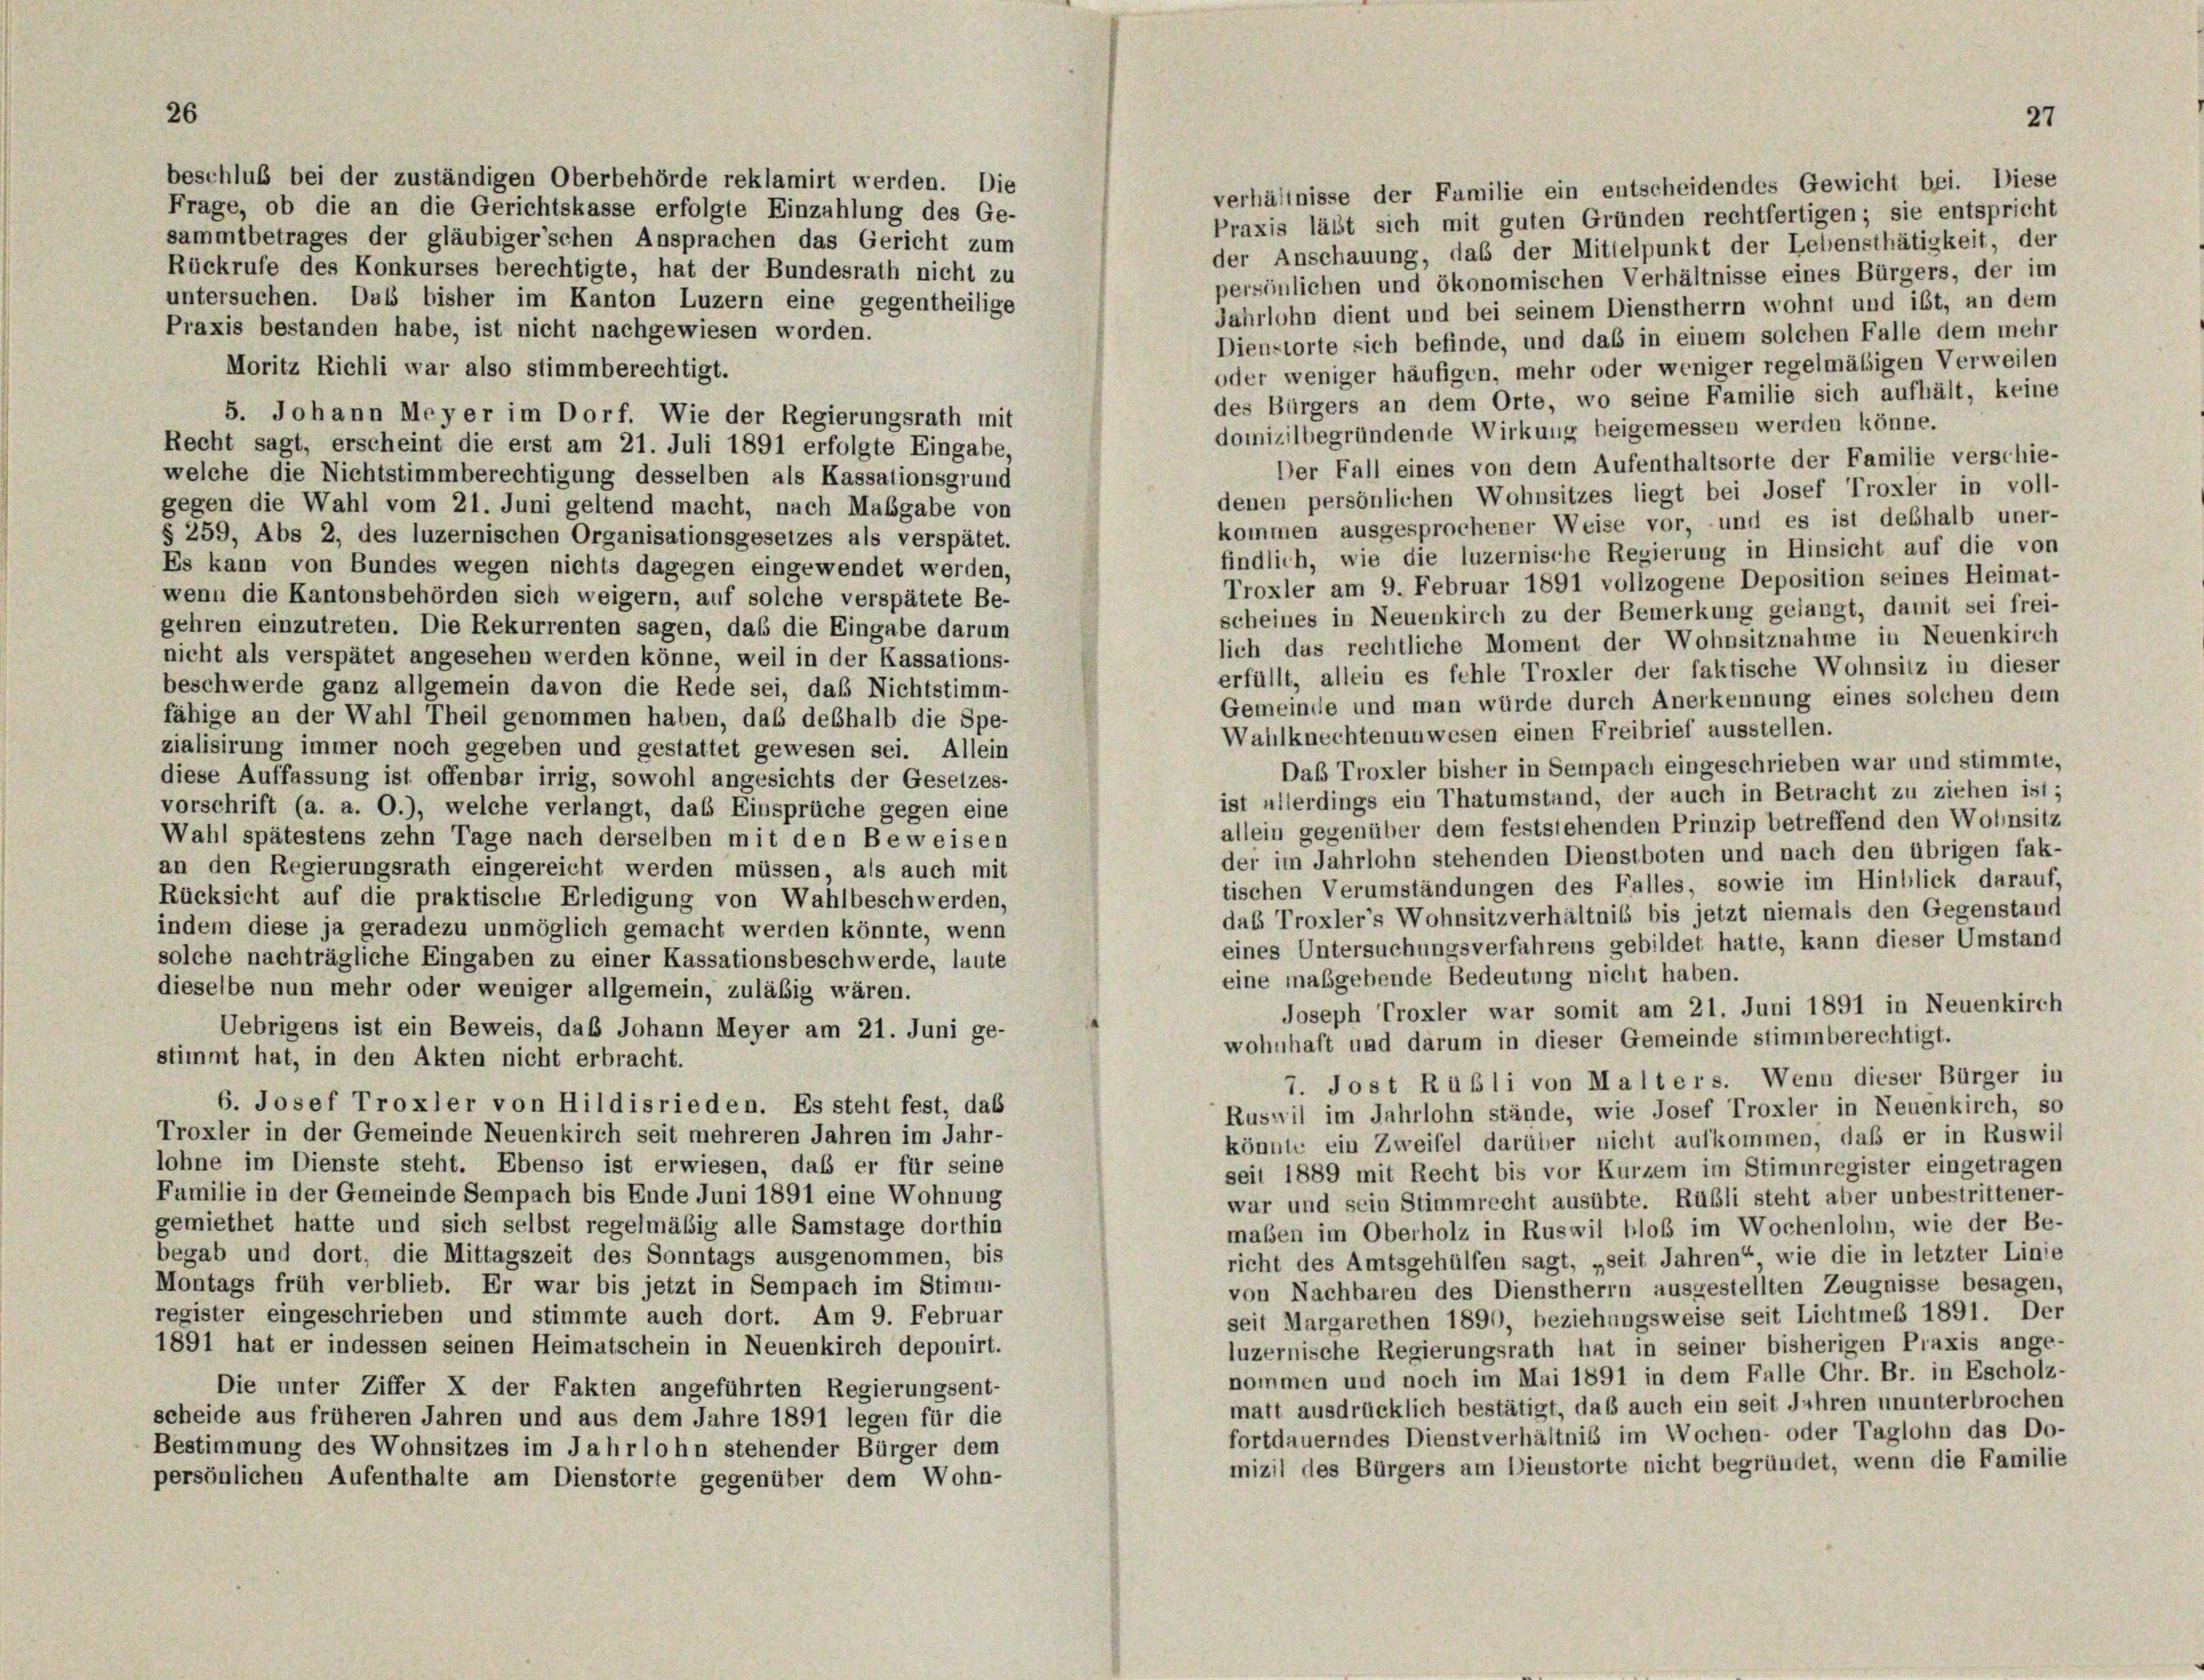
26
beschluß bei der zuständigen Oberbehörde reklamirt werden. Die
Frage, ob die an die Gerichtskasse erfolgte Einzahlung des Ge-

sammtbetrages der gläubiger’schen Ansprachen das Gericht zum
der Anschauung, das der Mittelpunkt der Lebensthätigkeit, der
Rückrufe des Konkurses berechtigte, hat der Bundesrath nicht zu
persönlichen und ökonomischen Verhältnisse eines Bürgers, der im
untersuchen. Daß bisher im Kanton Luzern eine gegentheilige
Jahrlohn dient und bei seinem Dienstherrn wohnt und ist, an dem
Praxis bestanden habe, ist nicht nachgewiesen worden.
Dienstorte sich befinde, und daß in einem solchen Falle dem mehr
Moritz Richli war also stimmberechtigt.
oder weniger häufigen, mehr oder weniger regelmäßigen Verweilen
des Bürgers an dem Orte, wo seine Familie sich aufhält, keine
5. Johann Meyer im Dorf. Wie der Regierungsrath mit
domizilbegründende Wirkung beigemessen werden könne.
Recht sagt, erscheint die erst am 21. Juli 1891 erfolgte Eingabe,
Der Fall eines von dem Aufenthaltsorte der Familie verschie-
welche die Nichtstimmberechtigung desselben als Kassationsgrund
denen persönlichen Wohnsitzes liegt bei Josef Troxler in voll-
gegen die Wahl vom 21. Juni geltend macht, nach Maßgabe von
kommen ausgesprochener Weise vor, und es ist deshalb uner-
§ 259, Abs 2, des luzernischen Organisationsgesetzes als verspätet.
findlich, wie die luzernische Regierung in Hinsicht auf die von
Es kann von Bundes wegen nichts dagegen eingewendet werden,
Troxler am 9. Februar 1891 vollzogene Deposition seines Heimat-
wenn die Kantonsbehörden sich weigern, auf solche verspätete Be-
scheines in Neuenkirch zu der Bemerkung gelangt, damit sei frei-
gehren einzutreten. Die Rekurrenten sagen, daß die Eingabe darum
lich das rechtliche Moment der Wohnsitznahme in Neuenkirch
nicht als verspätet angesehen werden könne, weil in der Kassations-
erfüllt, allein es fehle Troxler der faktische Wohnsitz in dieser
beschwerde ganz allgemein davon die Rede sei, daß Nichtstimm-
Gemeinde und man würde durch Anerkennung eines solchen dem
fähige an der Wahl Theil genommen haben, daß deshalb die Spe-
Wahlknechtenunwesen einen Freibrief ausstellen.
zialisirung immer noch gegeben und gestattet gewesen sei. Allein
Daß Troxler bisher in Sempach eingeschrieben war und stimmte,
diese Auffassung ist offenbar irrig, sowohl angesichts der Gesetzes-
ist allerdings ein Thatumstand, der auch in Betracht zu ziehen ist;
vorschrift (a. a. O.), welche verlangt, das Einsprüche gegen eine
allein gegenüber dem feststehenden Prinzip betreffend den Wohnsitz
Wahl spätestens zehn Tage nach derselben mit den Beweisen
der im Jahrlohn stehenden Dienstboten und nach den übrigen fak-
an den Regierungsrath eingereicht werden müssen, als auch mit
tischen Verumständungen des Falles, sowie im Hinblick darauf,
Rücksicht auf die praktische Erledigung von Wahlbeschwerden,
das Troxler’s Wohnsitzverhältnis bis jetzt niemals den Gegenstand
indem diese ja geradezu unmöglich gemacht werden könnte, wenn
eines Untersuchungsverfahrens gebildet hatte, kann dieser Umstand
solche nachträgliche Eingaben zu einer Kassationsbeschwerde, laute
eine maßgebende Bedeutung nicht haben.
dieselbe nun mehr oder weniger allgemein, zuläbig wären.
Joseph Troxler war somit am 21. Juni 1891 in Neuenkirch
Uebrigens ist ein Beweis, daß Johann Meyer am 21. Juni ge-
wohnhaft und darum in dieser Gemeinde stimmberechtigt.
stimmt hat, in den Akten nicht erbracht.
7. Jost Rübli von Malters. Wenn dieser Bürger in
6. Josef Troxler von Hildisrieden. Es steht fest, das
Ruswil im Jahrlohn stände, wie Josef Troxler in Neuenkirch, so
Troxler in der Gemeinde Neuenkirch seit mehreren Jahren im Jahr-
könnte ein Zweifel darüber nicht aufkommen, daß er in Ruswil
lohne im Dienste steht. Ebenso ist erwiesen, daß er für seine
seit 1889 mit Recht bis vor Kurzem im Stimmregister eingetragen
Familie in der Gemeinde Sempach bis Ende Juni 1891 eine Wohnung
war und sein Stimmrecht ausübte. Rüßli steht aber unbestrittener-
gemiethet hatte und sich selbst regelmäßig alle Samstage dorthin
maßen im Oberholz in Ruswil bloß im Wochenlohn, wie der Be-
begab und dort, die Mittagszeit des Sonntags ausgenommen, bis
richt des Amtsgehülfen sagt, „seit Jahren“ wie die in letzter Linie
Montags früh verblieb. Er war bis jetzt in Sempach im Stimm-
von Nachbaren des Dienstherrn ausgestellten Zeugnisse besagen,
register eingeschrieben und stimmte auch dort. Am 9. Februar
seit Margarethen 1890, beziehungsweise seit Lichtmeß 1891. Der
1891 hat er indessen seinen Heimatschein in Neuenkirch deponirt.
luzernische Regierungsrath hat in seiner bisherigen Praxis ange-
nommen und noch im Mai 1891 in dem Falle Chr. Br. in Escholz-
Die unter Ziffer X der Fakten angeführten Regierungsent-
matt ausdrücklich bestätigt, daß auch ein seit Jahren ununterbrochen
scheide aus früheren Jahren und aus dem Jahre 1891 legen für die
fortdauerndes Dienstverhältnis im Wochen- oder Taglohn das Do-
Bestimmung des Wohnsitzes im Jahrlohn stehender Bürger dem
mizil des Bürgers am Dienstorte nicht begründet, wenn die Familie
persönlichen Aufenthalte am Dienstorte gegenüber dem Wohn-

verhältnisse der Familie ein entscheidendes Gewicht bei. Diese
Praxis läßt sich mit guten Gründen rechtfertigen; sie entspricht

27